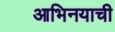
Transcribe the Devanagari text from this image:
आभिनयाची